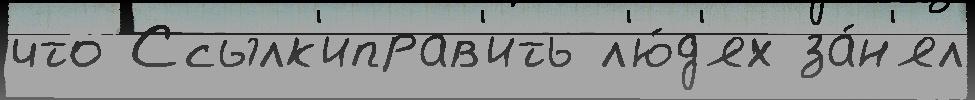
что Ссылк'иправ'ить л'ю́д'ях за́н'ял